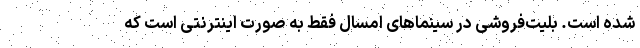
شده است. بلیت‌فروشی در سینماهای امسال فقط به صورت اینترنتی است که